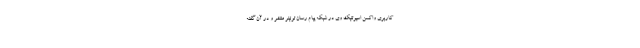
کاربری واکسن اسپوتنیک وی در شبکه پیام رسان توئیتر منتشر و در آن گفته